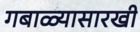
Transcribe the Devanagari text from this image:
गबाळ्यासारखी